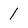
Character: 1